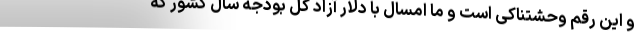
و این رقم وحشتناکی است و ما امسال با دلار آزاد کل بودجه سال کشور که